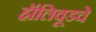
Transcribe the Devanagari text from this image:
हॉलिवूडचे